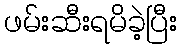
ဖမ်းဆီးရမိခဲ့ပြီး